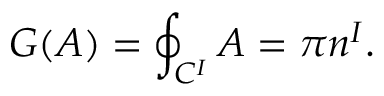
G ( A ) = \oint _ { { \cal C } ^ { I } } A = \pi n ^ { I } .